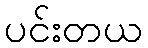
ပင်းတယ